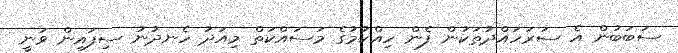
ސަބަބުން އެ ސަރަހައްދުތަކުން ފެން ހިއްކުމުގެ މަސައްކަތް މިއަދު ހެނދުނު ސިފައިން ވަނީ